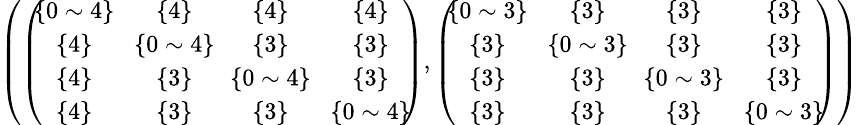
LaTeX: \begin{array}{r}{\small{\left(\left(\! \! \begin{array}{cccc}{\{ 0\sim 4\} }&{\{ 4\} }&{\{ 4\} }&{\{ 4\} }\\ {\{ 4\} }&{\! \{ 0\sim 4\} \! }&{\{ 3\} }&{\{ 3\} }\\ {\{ 4\} }&{\{ 3\} }&{\! \{ 0\sim 4\} \! }&{\{ 3\} }\\ {\{ 4\} }&{\{ 3\} }&{\{ 3\} }&{\{ 0\sim 4\} }\end{array}\! \! \right),\left(\! \! \begin{array}{cccc}{\{ 0\sim 3\} }&{\{ 3\} }&{\{ 3\} }&{\{ 3\} }\\ {\{ 3\} }&{\! \{ 0\sim 3\} \! }&{\{ 3\} }&{\{ 3\} }\\ {\{ 3\} }&{\{ 3\} }&{\! \{ 0\sim 3\} \! }&{\{ 3\} }\\ {\{ 3\} }&{\{ 3\} }&{\{ 3\} }&{\{ 0\sim 3\} }\end{array}\! \! \right)\right)}}\end{array}